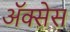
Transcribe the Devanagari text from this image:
अॅक्सेस